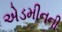
એડમીનની